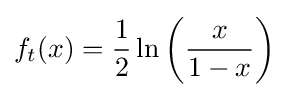
f_{t}(x)={\frac {1}{2}}\ln \left({\frac {x}{1-x}}\right)